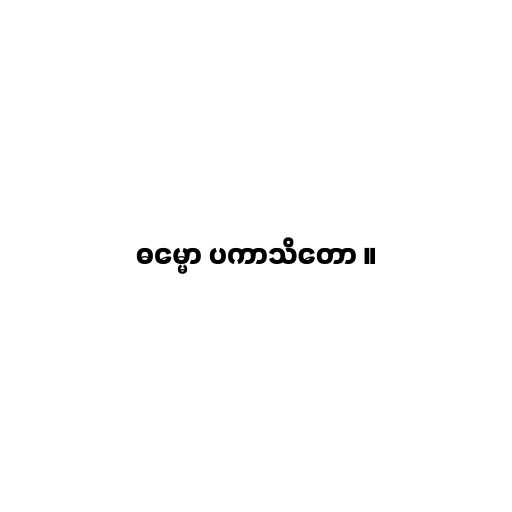
ဓမ္မော ပကာသိတော ။